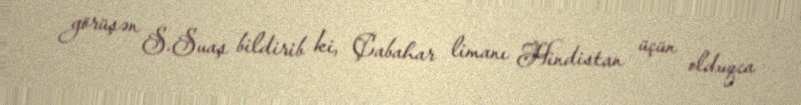
görüşən S.Suaş bildirib ki, Çabahar limanı Hindistan üçün olduqca